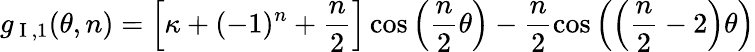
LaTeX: g_{\mathrm{~I~},1}(\theta,n)=\left[\kappa+(-1)^{n}+\frac{n}{2}\right]\cos\left(\frac{n}{2}\theta\right)-\frac{n}{2}\cos\left(\left(\frac{n}{2}-2\right)\theta\right)